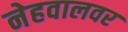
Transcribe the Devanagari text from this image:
नेहवालवर